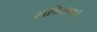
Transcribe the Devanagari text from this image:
सविराम।